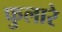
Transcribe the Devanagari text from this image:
फुलारे